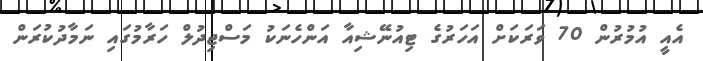
އެއީ އުމުރުން 70 ވަރަކަށް އަހަރުގެ ޓިއުނޭޝިއާ އަންހެނަކު މަސްޖިދުލް ހަރާމުގައި ނަމާދުކުރަން